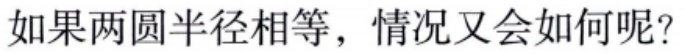
如果两圆半径相等，情况又会如何呢?